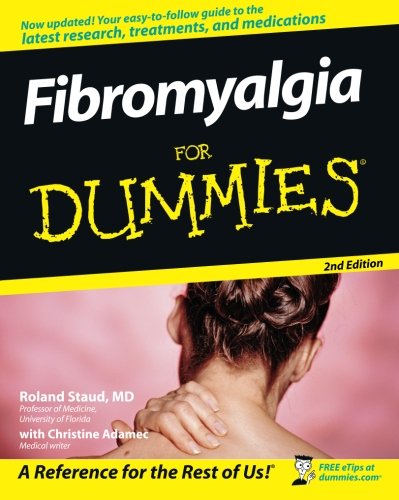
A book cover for Fibromyalgia For Dummies; Roland Staud; Health, Fitness & Dieting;